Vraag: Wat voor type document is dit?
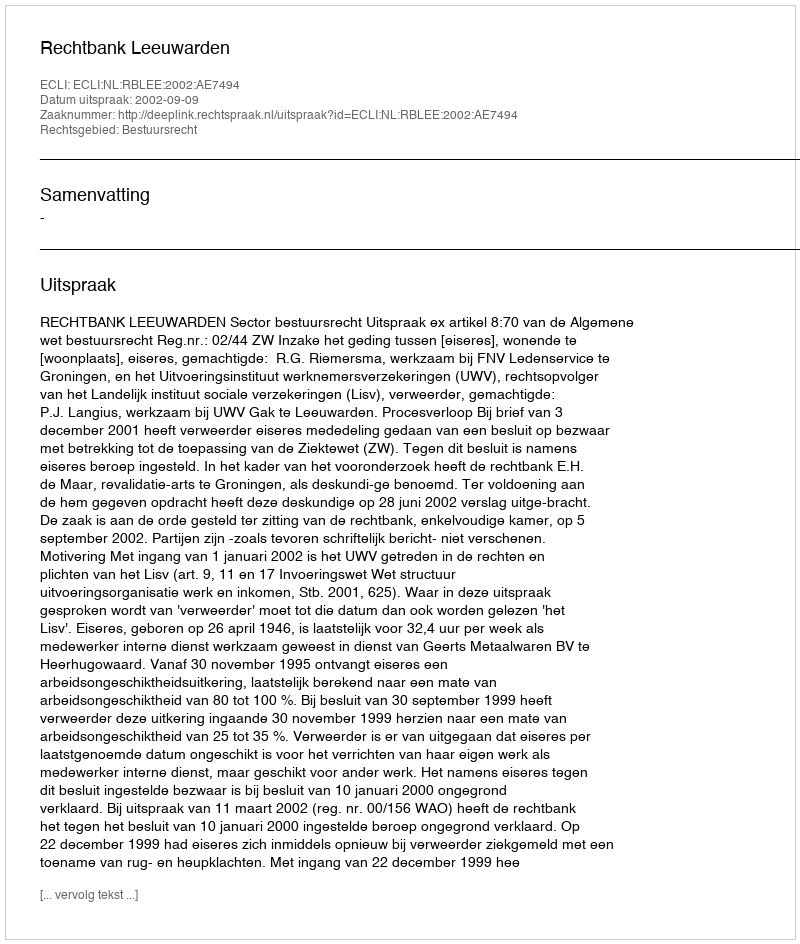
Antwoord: Uitspraak